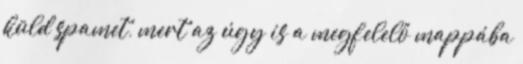
küld spamet, mert az úgy is a megfelelő mappába